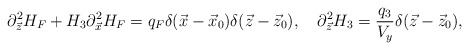
\begin{align*}\partial^{2}_{\vec{z}}H_{F}+H_{3}\partial^{2}_{\vec{x}}H_{F}=q_F\delta({\vec{x}-\vec{x}_0})\delta(\vec{z}-\vec{z}_0), \ \ \ \partial^2_{\vec{z}}H_3={{q_3}\over{V_y}}\delta({\vec{z}-\vec{z}_0}),\end{align*}